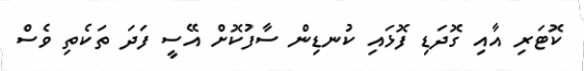
ކޮޓަރި އާއި ގޮދަޑި ފޮޅައި ކުނޑިން ސާފުކޮށް އޭސީ ފަދަ ތަކެތި ވެސް